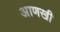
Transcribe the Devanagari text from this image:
अाणखी